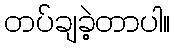
တပ်ချခဲ့တာပါ။